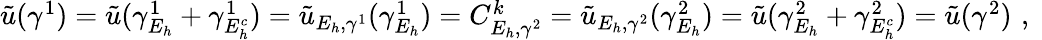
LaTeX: \begin{array}{r}{\tilde{u}(\gamma^{1})=\tilde{u}(\gamma_{E_{h}}^{1}+\gamma_{E_{h}^{c}}^{1})=\tilde{u}_{E_{h},\gamma^{1}}(\gamma_{E_{h}}^{1})=C_{E_{h},\gamma^{2}}^{k}=\tilde{u}_{E_{h},\gamma^{2}}(\gamma_{E_{h}}^{2})=\tilde{u}(\gamma_{E_{h}}^{2}+\gamma_{E_{h}^{c}}^{2})=\tilde{u}(\gamma^{2})\, \, \mathrm{,}\; \, }\end{array}